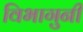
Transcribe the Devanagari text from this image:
विभागुनी